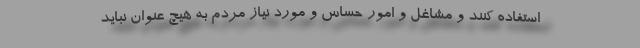
استفاده کنند و مشاغل و امور حساس و مورد نیاز مردم به هیچ عنوان نباید